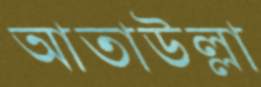
আতাউল্লা